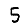
Digit: 5